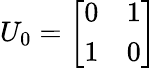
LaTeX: U_{0}={\left[\begin{array}{ll}{0}&{1}\\ {1}&{0}\end{array}\right]}